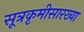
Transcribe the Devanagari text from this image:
सूत्रकृमीसारख्या